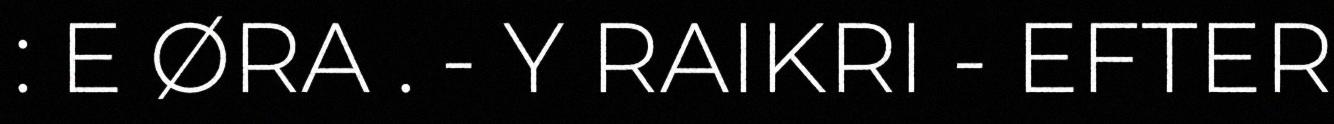
: E ØRA . - Y RAIKRI - EFTER